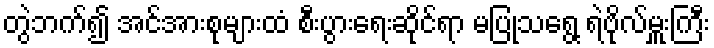
တွဲဘက်၍ အင်အားစုများထံ စီးပွားရေးဆိုင်ရာ မပြုသရွေ့ ရဲဗိုလ်မှူးကြီး